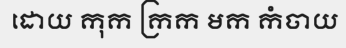
ដោយ កុក ក្រក មក កំចាយ